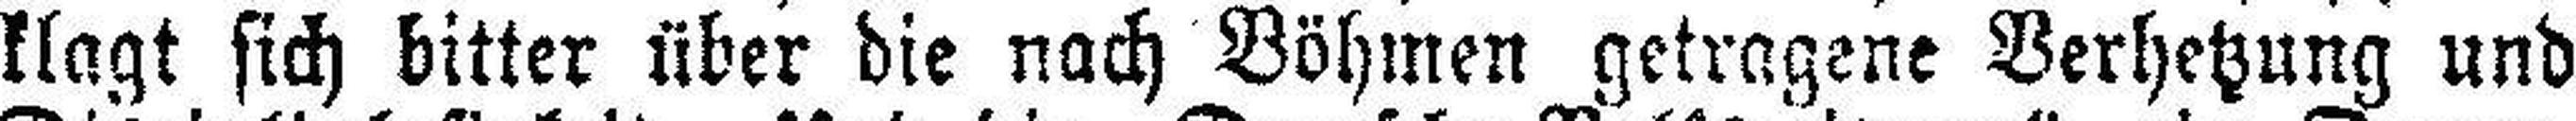
klagt sich bitter über die nach Böhmen getragene Verhetzung und